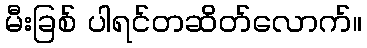
မီးခြစ် ပါရင်တဆိတ်လောက်။